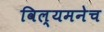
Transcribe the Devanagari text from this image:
विल्यमनेच